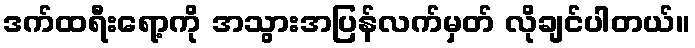
ဒက်ထရီးရော့ကို အသွားအပြန်လက်မှတ် လိုချင်ပါတယ်။